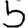
Digit: 5